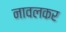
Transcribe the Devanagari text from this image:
नावलकर